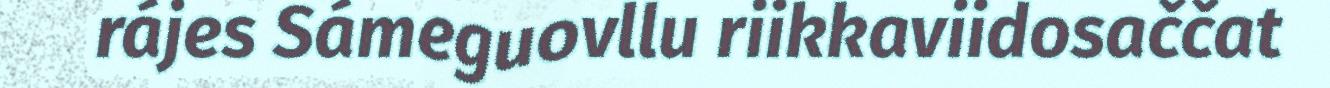
rájes Sámeguovllu riikkaviidosaččat